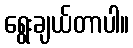
ရွေးချယ်တာပါ။